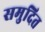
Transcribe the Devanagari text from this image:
समुदित